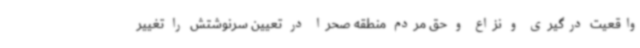
واقعیت درگیری و نزاع و حق مردم منطقه صحرا در تعیین سرنوشتش را تغییر